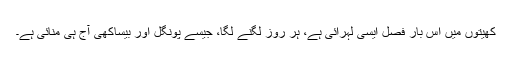
کھیتوں میں اس بار فصل ایسی لہرائی ہے، ہر روز لگنے لگا، جیسے پونگل اور بیساکھی آج ہی منائی ہے۔